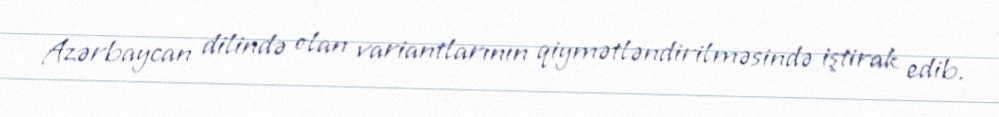
Azərbaycan dilində olan variantlarının qiymətləndirilməsində iştirak edib.